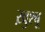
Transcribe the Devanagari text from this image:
ख़ुश्बू